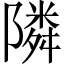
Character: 隣